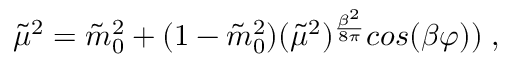
\tilde { \mu } ^ { 2 } = \tilde { m } _ { 0 } ^ { 2 } + ( 1 - \tilde { m } _ { 0 } ^ { 2 } ) ( \tilde { \mu } ^ { 2 } ) ^ { { \frac { \beta ^ { 2 } } { 8 \pi } } } c o s ( \beta \varphi ) ) \; ,